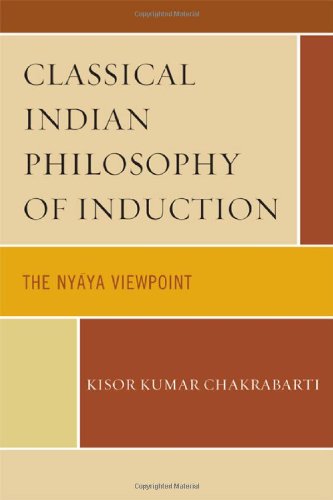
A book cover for Classical Indian Philosophy of Induction: The Nyaya Viewpoint; Kisor Kumar Chakrabarti; Religion & Spirituality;